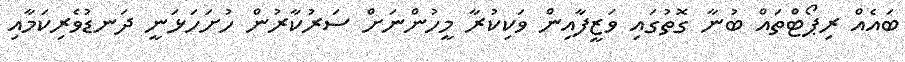
ބައެއް ރިޕޯޓްތައް ބުނާ ގޮތުގައި ވަޒީފާއިން ވަކިކުރާ މީހުންނަށް ސަރުކާރުން ހުށަހަޅަނީ ދަނޑުވެރިކަމާއި